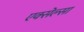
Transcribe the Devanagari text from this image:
एक्सेल्सा